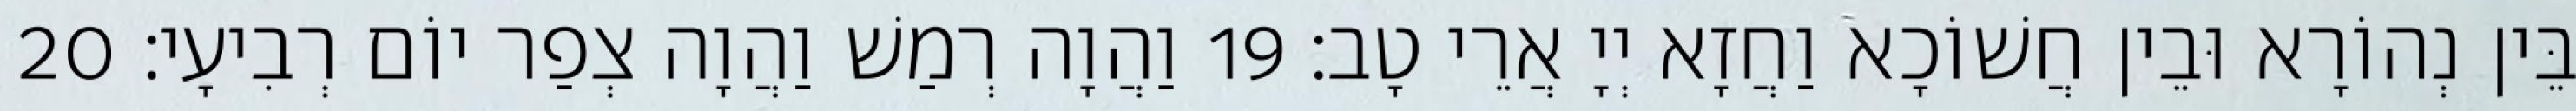
בֵּין נְהוֹרָא וּבֵין חֲשׁוֹכָא וַחֲזָא יְיָ אֲרֵי טָב׃ 19 וַהֲוָה רְמַשׁ וַהֲוָה צְפַר יוֹם רְבִיעָי׃ 20